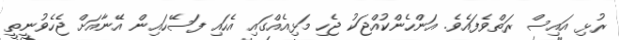
ރުޅި އައިސް ރަތްވެފައެވެ. އަންހެންކުއްޖަކު ޖެހި މަޅިއެއްގައި އެހައި ފަސޭހައިން އޭނާއަށް ޖެހެވުނީތީ